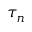
\tau _ { n }